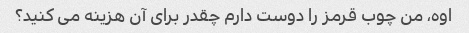
اوه، من چوب قرمز را دوست دارم چقدر برای آن هزینه می کنید؟